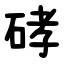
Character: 硣